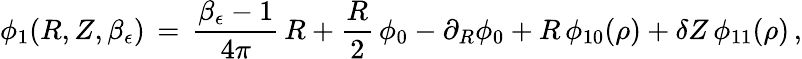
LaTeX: \phi_{1}(R,Z,\beta_{\epsilon})\, =\, \frac{\beta_{\epsilon}-1}{4\pi}\, R+\frac{R}{2}\, \phi_{0}-\partial_{R}\phi_{0}+R\, \phi_{10}(\rho)+\delta Z\, \phi_{11}(\rho)\, ,